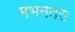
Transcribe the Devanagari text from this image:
मभनतत